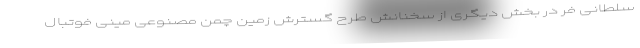
سلطانی فر در بخش دیگری از سخنانش طرح گسترش زمین چمن مصنوعی مینی فوتبال